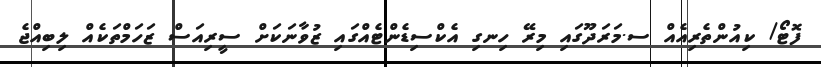
ފޮޓޯ/ ކިއުންތެރިއެއް ސ.މަރަދޫގައި މިރޭ ހިނގި އެކްސިޑެންޓެއްގައި ޒުވާނަކަށް ސީރިއަސް ޒަހަމްތަކެއް ލިބިއްޖެ